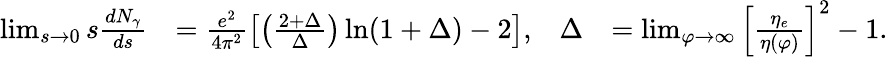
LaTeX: \begin{array}{rlrl}{\operatorname*{lim}_{s\to 0}s\frac{dN_{\gamma}}{ds}}&{=\frac{e^{2}}{4\pi^{2}}\left[\left(\frac{2+\Delta}{\Delta}\right)\ln(1+\Delta)-2\right],}&{\Delta}&{=\operatorname*{lim}_{\varphi\to\infty}\left[\frac{\eta_{e}}{\eta(\varphi)}\right]^{2}-1.}\end{array}